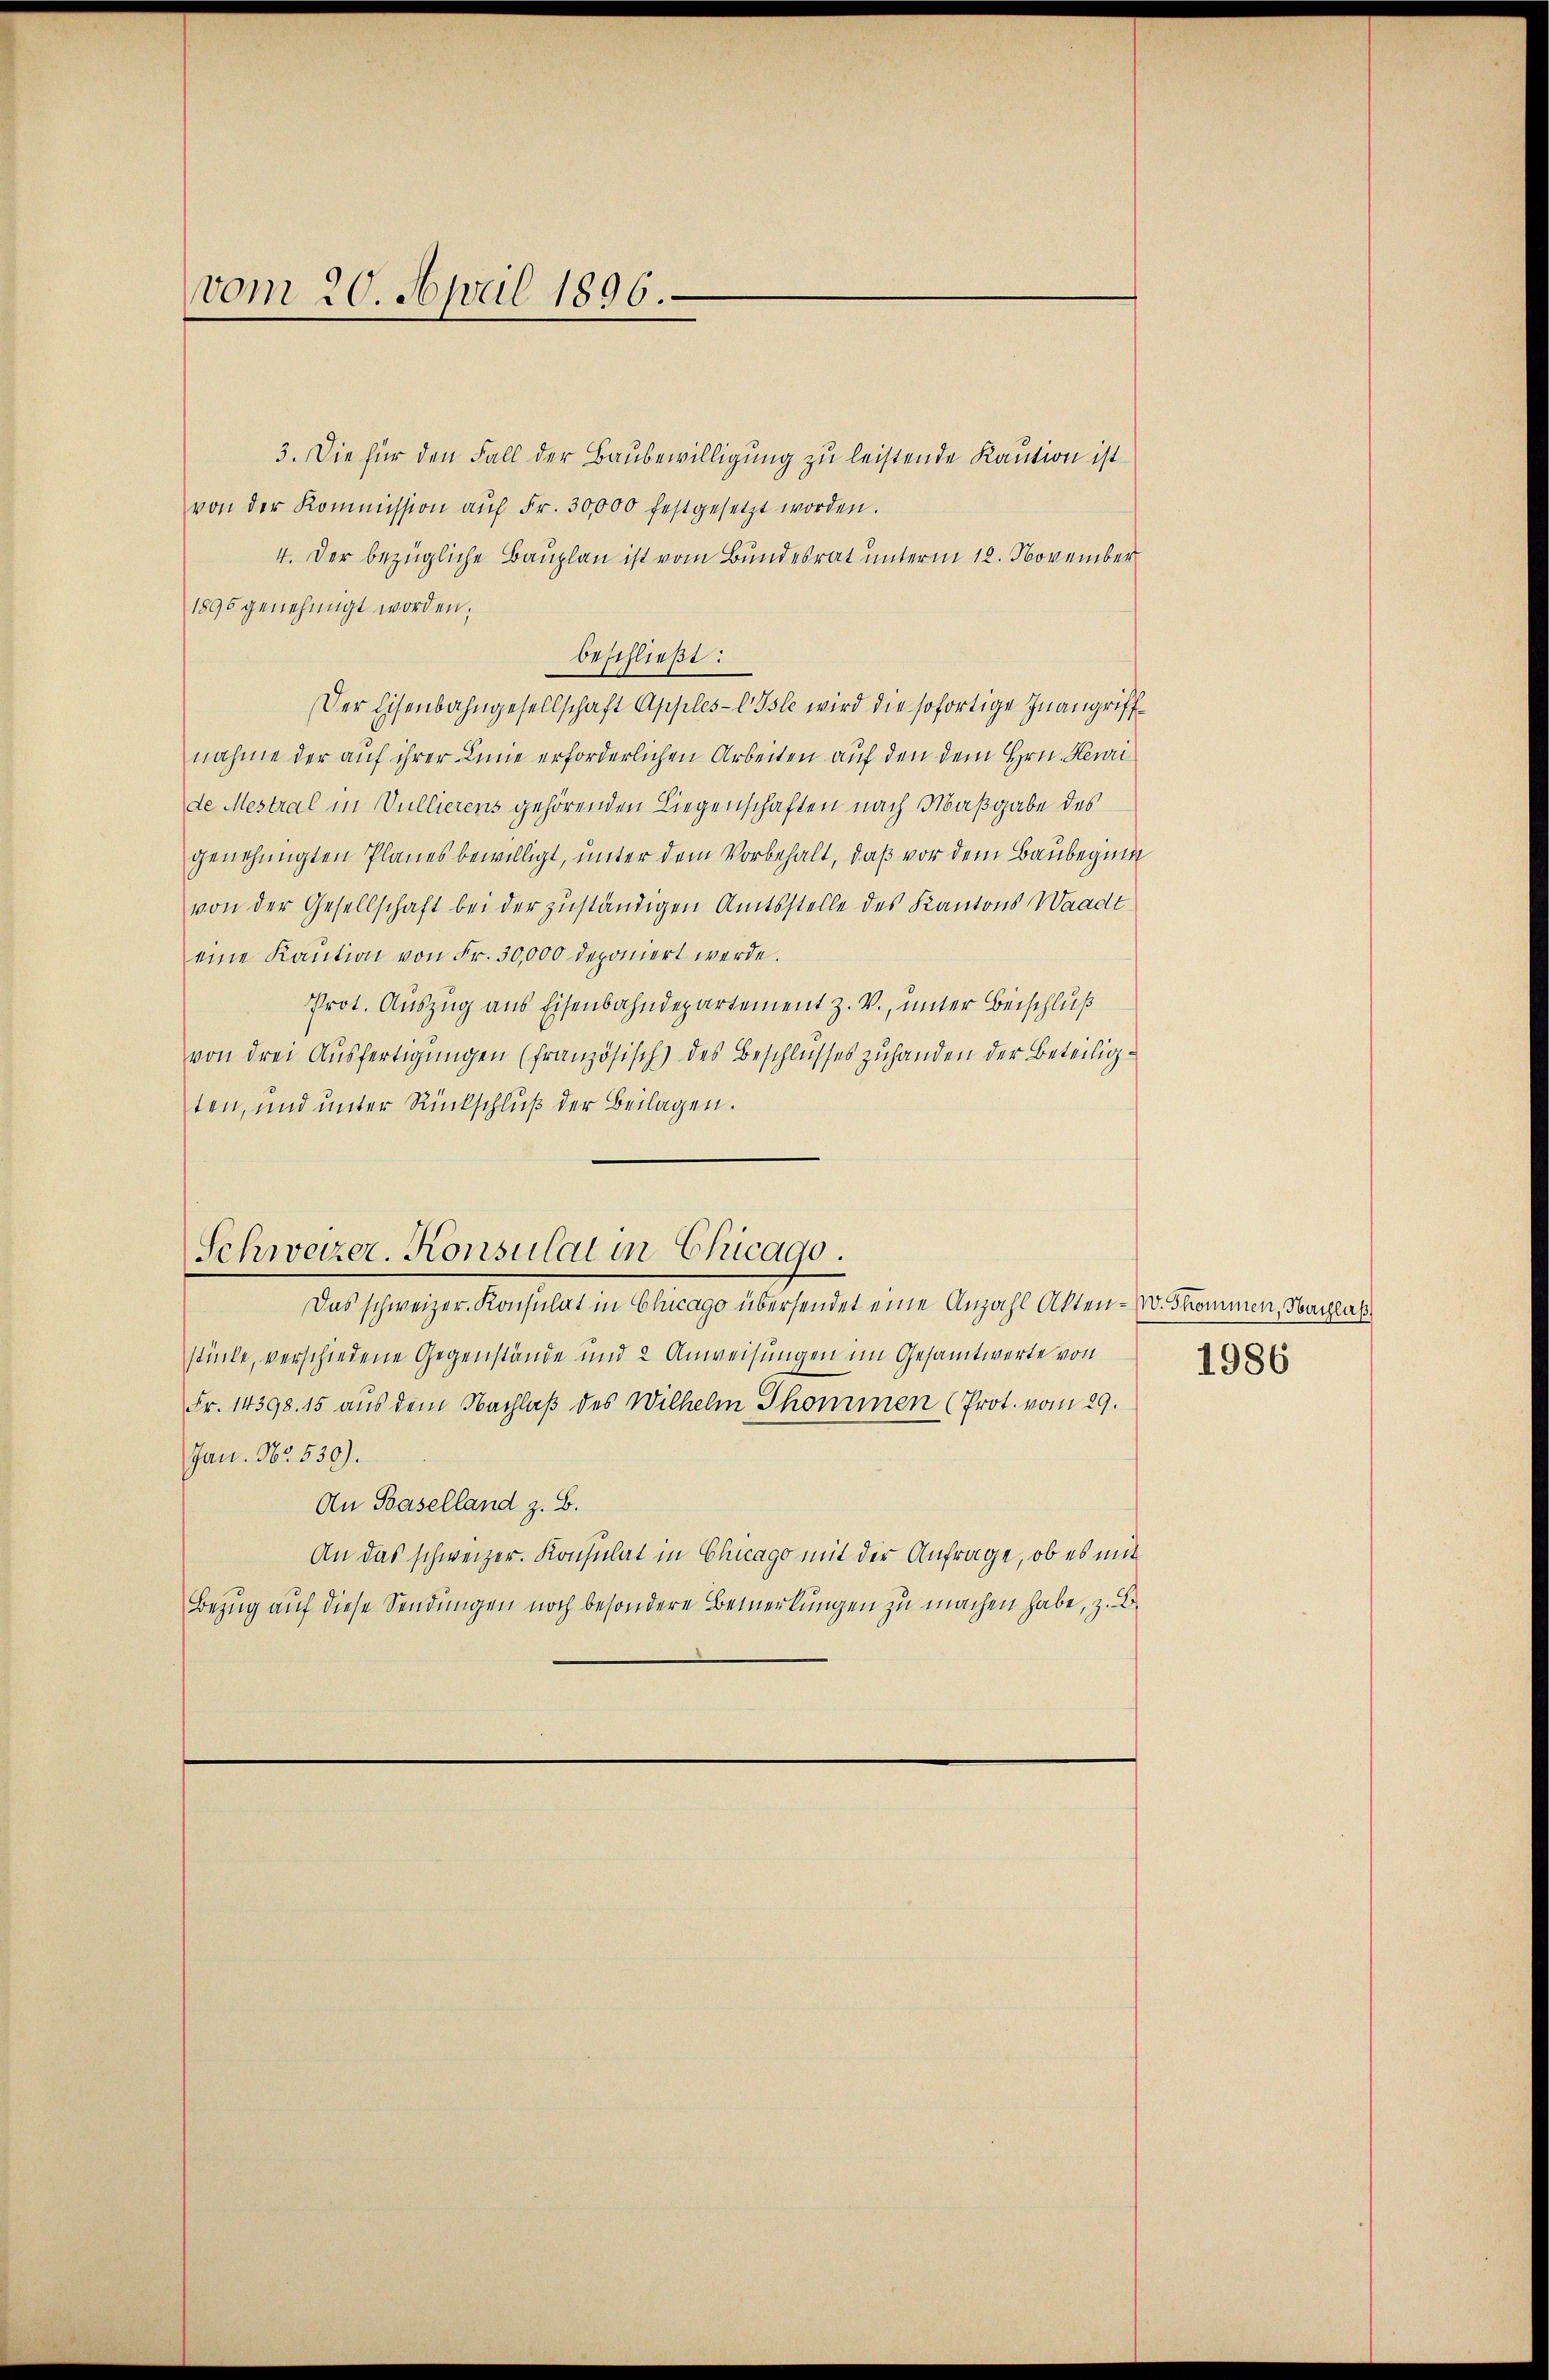
vom 20. April 1896.

3. Die für den Fall der Baubewilligung zu leistende Kaution ist
von der Kommission aŭf Fr. 30,000 festgesetzt worden.
4. Der bezügliche Bauplan ist vom Bundesrat unterm 12. November
1896 genehmigt worden.
beschließt:
Der Eisenbahngesellschaft Apples-E Isle wird die sofortige Inangriffnahme der auf ihrer Linie erforderlichen Arbeiten auf den dem Hrn. Heuri
de Mestral in Vullierens gehörenden Liegenschaften nach Maßgabe des
genehmigten Planes bewilligt, unter dem Vorbehalt, daß vor dem Baubeginn
von der Gesellschaft bei der zuständigen Amtsstelle des Kantons Waadt
eine Kaŭtion von Fr. 30,000 deponiert werde.
Prot. Auszug aus Eisenbahndepartement z. V., unter Beischluß
von drei Ausfertigungen (französisch) des Beschlusses zuhanden der Beteiligten, und unter Rückschluß der Beilagen.

Schweizer-Konsulat in Chicago.

Das schweizer. Konsulat in Chicago übersendet eine Anzahl Akten - . Skommen, Nachlas
stücke, verschiedene Gegenstände und 2 Anweisungen im Gesamtwerte von
Fr. 14398. 15 aus dem Nachlaß des Wilhelm Thommen (Prot. vom 29.
Jan. 162. 530).
An Baselland z. B.
An das schweizer. Konsulat in Chicago mit der Anfrage, ob es mit
Bezug auf diese Sendungen noch besondere Bemerkungen zu machen habe, z. B.

1986